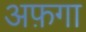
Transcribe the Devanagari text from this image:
अफ़गा